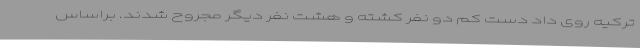
ترکیه روی داد دست کم دو نفر کشته و هشت نفر دیگر مجروح شدند. براساس